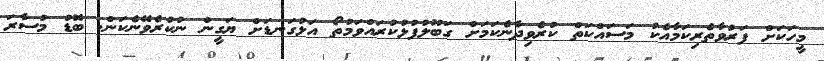
މީހަކަށް ފަރުވާތެރިކަމާއެކު މަސައްކަތް ކުރެވިދާނެކަމަށް ގަބޫލުފުޅުކުރައްވަމުތޯ އަޅުގަނޑަށް ޔަގީން ނުކުރެވޭނެކަން. ބޮޑު މުސާރަ